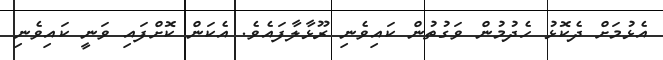
އެޅުމަށް ދެކޮޅު ހެދުމުން ވަގުތުން ކައިވެނި ރޫޅާލާފައެވެ. އެކަން ކޮށްފައި ވަނީ ކައިވެނި